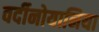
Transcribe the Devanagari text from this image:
वर्दीनोयानिया